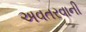
અવતરવાની